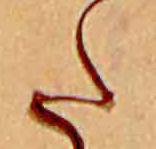
た